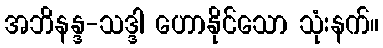
အဘိနန္ဒ-သဒ္ဒါ ဟောနိုင်သော သုံးနက်။